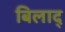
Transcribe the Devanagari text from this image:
बिलाद्